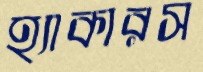
হ্যাকারস